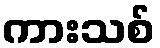
ကားသစ်